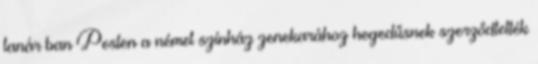
tanár ban Pesten a német színház zenekarához hegedűsnek szerződtették